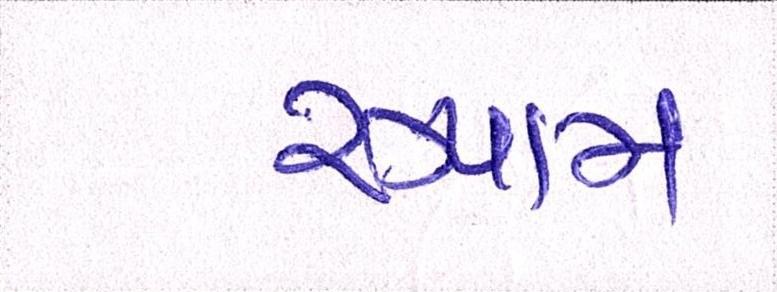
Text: સ્પામ